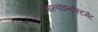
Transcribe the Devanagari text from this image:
आल्पइन्वेस्टमेंट